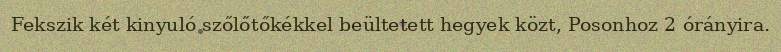
Fekszik két kinyuló szőlőtőkékkel beültetett hegyek közt, Posonhoz 2 órányira.